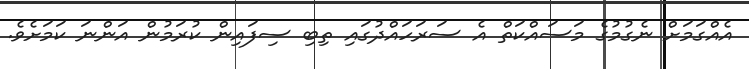
އެއްގަމަށް ނެގުމުގެ މަސައްކަތް އެ ސަރަހައްދުގައި ތިބި ސިފައިން ކުރަމުން އަންނަ ކަމަށެވެ.